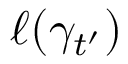
\ell ( \gamma _ { t ^ { \prime } } )